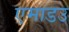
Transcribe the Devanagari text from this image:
एमाडउ